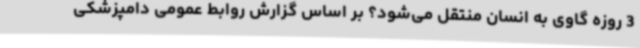
3 روزه گاوی به انسان منتقل می‌شود؟ بر اساس گزارش روابط عمومی دامپزشکی